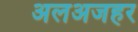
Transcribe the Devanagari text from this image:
अलअजहर